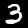
Label: 3